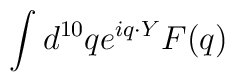
\int d^{10} q e^{iq\cdot Y} F(q)